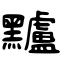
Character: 黸